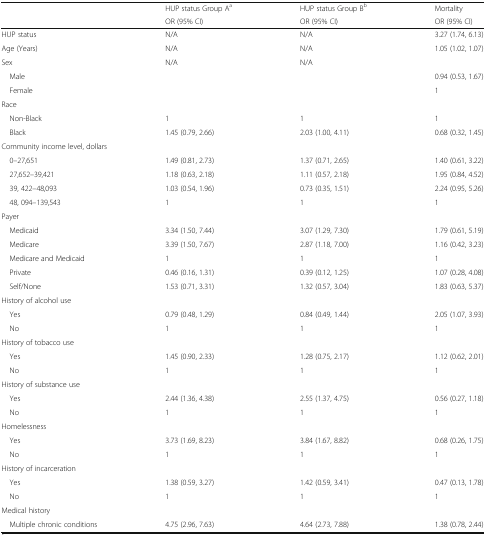
<table><thead><tr><td rowspan="2"></td><td><b>HUP status Group A<sup>a</sup></b></td><td><b>HUP status Group B<sup>b</sup></b></td><td><b>Mortality</b></td></tr><tr><td><b>OR (95% CI)</b></td><td><b>OR (95% CI)</b></td><td><b>OR (95% CI)</b></td></tr></thead><tbody><tr><td>HUP status</td><td>N/A</td><td>N/A</td><td>3.27 (1.74, 6.13)</td></tr><tr><td>Age (Years)</td><td>N/A</td><td>N/A</td><td>1.05 (1.02, 1.07)</td></tr><tr><td>Sex</td><td>N/A</td><td>N/A</td><td></td></tr><tr><td> Male</td><td></td><td></td><td>0.94 (0.53, 1.67)</td></tr><tr><td> Female</td><td></td><td></td><td>1</td></tr><tr><td colspan="4">Race</td></tr><tr><td> Non-Black</td><td>1</td><td>1</td><td>1</td></tr><tr><td> Black</td><td>1.45 (0.79, 2.66)</td><td>2.03 (1.00, 4.11)</td><td>0.68 (0.32, 1.45)</td></tr><tr><td colspan="4">Community income level, dollars</td></tr><tr><td> 0–27,651</td><td>1.49 (0.81, 2.73)</td><td>1.37 (0.71, 2.65)</td><td>1.40 (0.61, 3.22)</td></tr><tr><td> 27,652–39,421</td><td>1.18 (0.63, 2.18)</td><td>1.11 (0.57, 2.18)</td><td>1.95 (0.84, 4.52)</td></tr><tr><td> 39, 422–48,093</td><td>1.03 (0.54, 1.96)</td><td>0.73 (0.35, 1.51)</td><td>2.24 (0.95, 5.26)</td></tr><tr><td> 48, 094–139,543</td><td>1</td><td>1</td><td>1</td></tr><tr><td colspan="4">Payer</td></tr><tr><td> Medicaid</td><td>3.34 (1.50, 7.44)</td><td>3.07 (1.29, 7.30)</td><td>1.79 (0.61, 5.19)</td></tr><tr><td> Medicare</td><td>3.39 (1.50, 7.67)</td><td>2.87 (1.18, 7.00)</td><td>1.16 (0.42, 3.23)</td></tr><tr><td> Medicare and Medicaid</td><td>1</td><td>1</td><td>1</td></tr><tr><td> Private</td><td>0.46 (0.16, 1.31)</td><td>0.39 (0.12, 1.25)</td><td>1.07 (0.28, 4.08)</td></tr><tr><td> Self/None</td><td>1.53 (0.71, 3.31)</td><td>1.32 (0.57, 3.04)</td><td>1.83 (0.63, 5.37)</td></tr><tr><td colspan="4">History of alcohol use</td></tr><tr><td> Yes</td><td>0.79 (0.48, 1.29)</td><td>0.84 (0.49, 1.44)</td><td>2.05 (1.07, 3.93)</td></tr><tr><td> No</td><td>1</td><td>1</td><td>1</td></tr><tr><td colspan="4">History of tobacco use</td></tr><tr><td> Yes</td><td>1.45 (0.90, 2.33)</td><td>1.28 (0.75, 2.17)</td><td>1.12 (0.62, 2.01)</td></tr><tr><td> No</td><td>1</td><td>1</td><td>1</td></tr><tr><td colspan="4">History of substance use</td></tr><tr><td> Yes</td><td>2.44 (1.36, 4.38)</td><td>2.55 (1.37, 4.75)</td><td>0.56 (0.27, 1.18)</td></tr><tr><td> No</td><td>1</td><td>1</td><td>1</td></tr><tr><td colspan="4">Homelessness</td></tr><tr><td> Yes</td><td>3.73 (1.69, 8.23)</td><td>3.84 (1.67, 8.82)</td><td>0.68 (0.26, 1.75)</td></tr><tr><td> No</td><td>1</td><td>1</td><td>1</td></tr><tr><td colspan="4">History of incarceration</td></tr><tr><td> Yes</td><td>1.38 (0.59, 3.27)</td><td>1.42 (0.59, 3.41)</td><td>0.47 (0.13, 1.78)</td></tr><tr><td> No</td><td>1</td><td>1</td><td>1</td></tr><tr><td colspan="4">Medical history</td></tr><tr><td> Multiple chronic conditions</td><td>4.75 (2.96, 7.63)</td><td>4.64 (2.73, 7.88)</td><td>1.38 (0.78, 2.44)</td></tr></tbody></table>